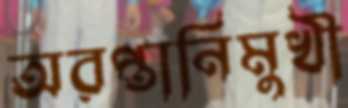
অরপ্তানিমুখী